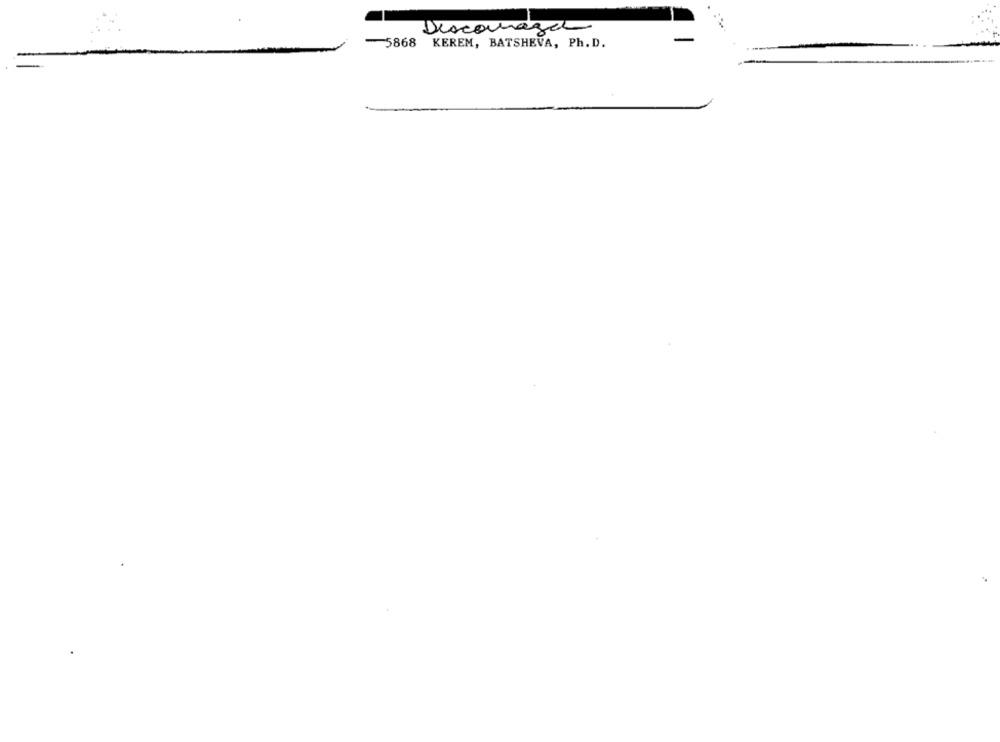
Discourage
5868 KEREM, BATSHEVA, Ph. D.